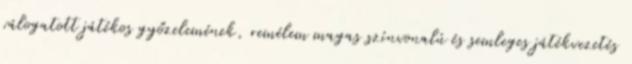
válogatott játékos győzelemének, remélem magas színvonalú és semleges játékvezetés